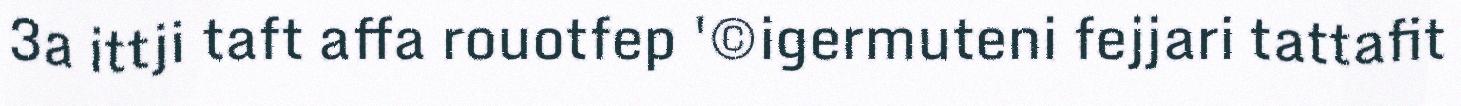
3a ittji taft affa rouotfep '©igermuteni fejjari tattafit